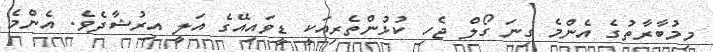
މިމުބާރާތުގެ އެންމެ ގިނަ ގޯލް ޖެހި ކުޅުންތެރިއަކީ ޑީވައިއޭގެ އަލީ އިރުޝާދެވެ. އެންމެ